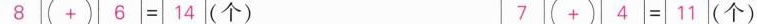
$$8 + 6 = 1 4$$(个) $$7 + 4 = 1 1$$(个)